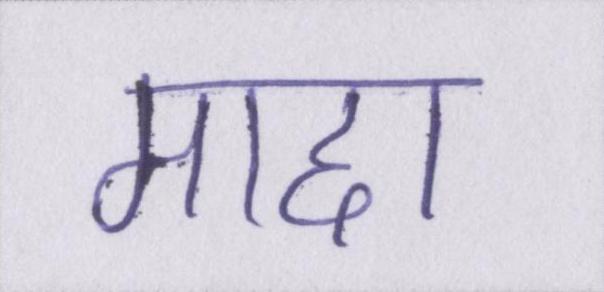
माद्दा